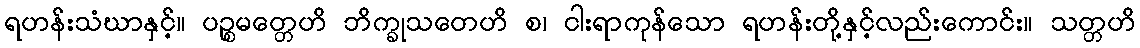
ရဟန်းသံဃာနှင့်။ ပဉ္စမတ္တေဟိ ဘိက္ခုသတေဟိ စ၊ ငါးရာကုန်သော ရဟန်းတို့နှင့်လည်းကောင်း။ သတ္တဟိ